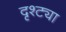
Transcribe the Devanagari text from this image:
दृश्ट्या